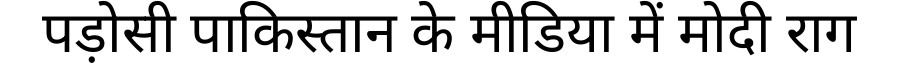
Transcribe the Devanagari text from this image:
पड़ोसी पाकिस्तान के मीडिया में मोदी राग